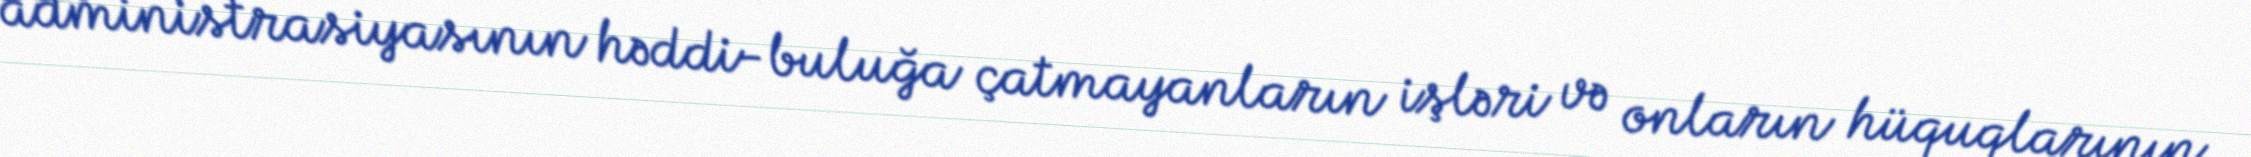
administrasiyasının həddi-buluğa çatmayanların işləri və onların hüquqlarının